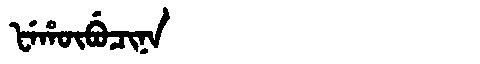
Manchu: ᡶᡝᡥᡡᠪᡠᠴᡳᠨᠠ
Romanization: FEHŪBUCINA